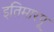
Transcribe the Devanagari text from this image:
इतिमारपू